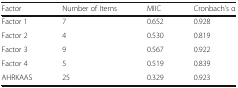
<table><thead><tr><td><b>Factor</b></td><td><b>Number of Items</b></td><td><b>MIIC</b></td><td><b>Cronbach’s α</b></td></tr></thead><tbody><tr><td>Factor 1</td><td>7</td><td>0.652</td><td>0.928</td></tr><tr><td>Factor 2</td><td>4</td><td>0.530</td><td>0.819</td></tr><tr><td>Factor 3</td><td>9</td><td>0.567</td><td>0.922</td></tr><tr><td>Factor 4</td><td>5</td><td>0.519</td><td>0.839</td></tr><tr><td>AHRKAAS</td><td>25</td><td>0.329</td><td>0.923</td></tr></tbody></table>